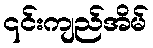
၎င်းကျည်အိမ်